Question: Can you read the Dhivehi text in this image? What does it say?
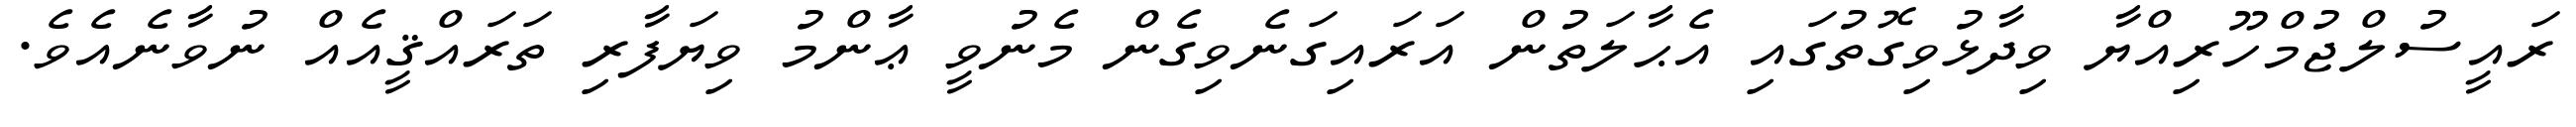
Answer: ރައީސުލްޖުމްހޫރިއްޔާ ވިދާޅުވިގޮތުގައި އެޙާލަތުން އަރައިގަނެވިގެން މެނުވީ ޢާންމު ވިޔަފާރި ތަރައްޤީއެއް ނުވާނެއެވެ.